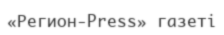
«Регион-Press» газеті